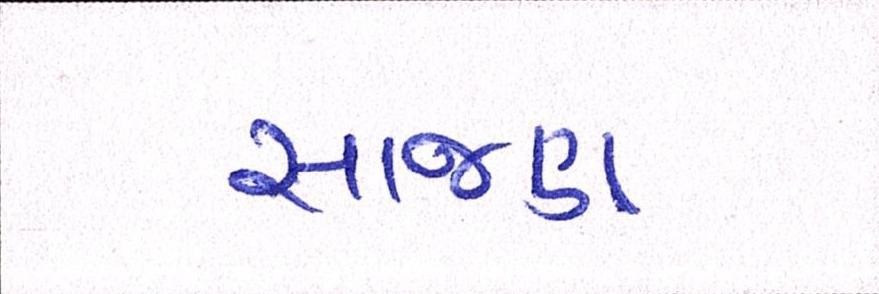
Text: સાજણ